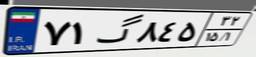
۷۱گ۸۴۵۳۲